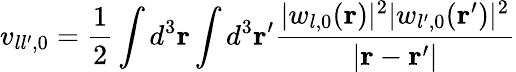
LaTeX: v_{ll^{\prime},0}=\frac{1}{2}\int d^{3}{\mathbf r}\int d^{3}{\mathbf r}^{\prime}\frac{|w_{l,0}({\mathbf r})|^{2}|w_{l^{\prime},0}({\mathbf r}^{\prime})|^{2}}{|{\mathbf r}-{\mathbf r}^{\prime}|}